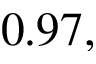
0 . 9 7 ,